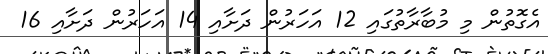
އެގޮތުން މި މުބާރާތުގައި 12 އަހަރުން ދަށާއި 14 އަހަރުން ދަށާއި 16